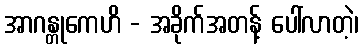
အာဂန္တုကေဟိ - အခိုက်အတန့် ပေါ်လာတဲ့၊